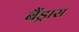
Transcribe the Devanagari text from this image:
बैंड्रास